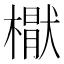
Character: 𣚕